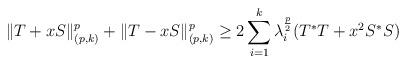
LaTeX: \begin{align*}\|T+xS\|_{(p,k)}^p+\|T-xS\|_{(p,k)}^p\geq 2\sum_{i=1}^k\lambda_i^{\frac{p}{2}}(T^*T+x^2S^*S)\end{align*}